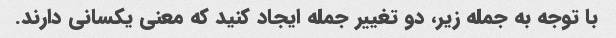
با توجه به جمله زیر، دو تغییر جمله ایجاد کنید که معنی یکسانی دارند.